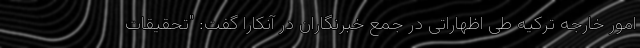
امور خارجه ترکیه طی اظهاراتی در جمع خبرنگاران در آنکارا گفت: "تحقیقات